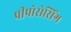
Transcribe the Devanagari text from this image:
प्रीप्रोसेसिंग